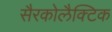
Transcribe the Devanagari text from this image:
सैरकोलैक्टिक